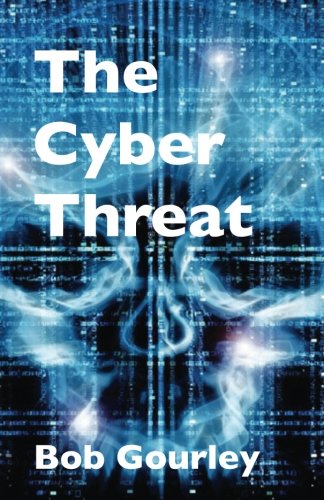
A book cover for The Cyber Threat; Bob Gourley; Biographies & Memoirs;